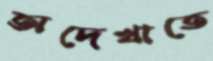
অদেখাতে